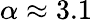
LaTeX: \alpha\approx 3.1